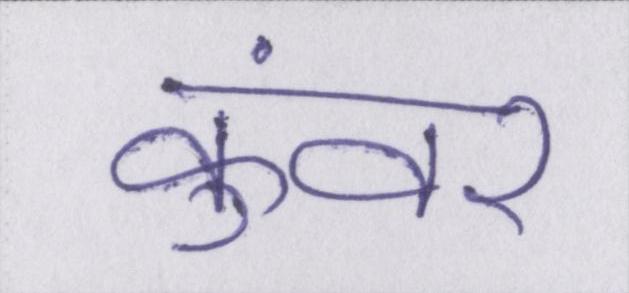
कुंवर